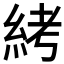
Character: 𱹱